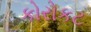
કોરોકટ